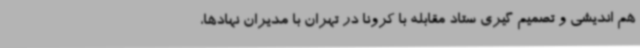
هم اندیشی و تصمیم گیری ستاد مقابله با کرونا در تهران با مدیران نهادها،